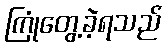
ကြုံတွေ့ခဲ့ရသည်